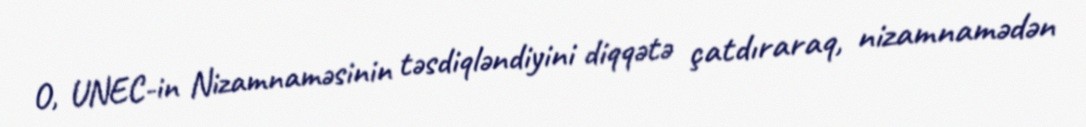
O, UNEC-in Nizamnaməsinin təsdiqləndiyini diqqətə çatdıraraq, nizamnamədən